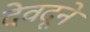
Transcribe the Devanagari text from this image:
देवदूने